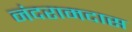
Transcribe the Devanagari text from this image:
नंदरामदास